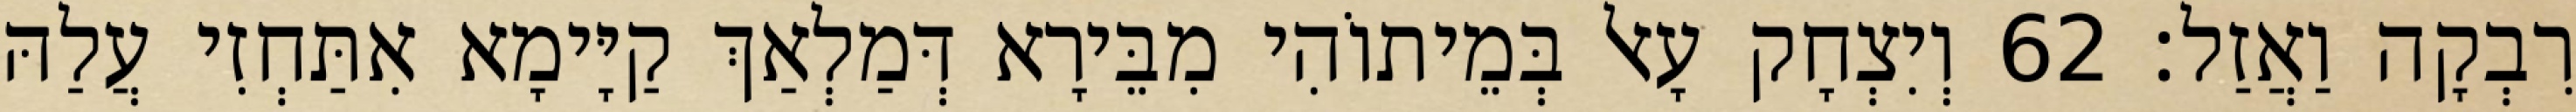
רִבְקָה וַאֲזַל׃ 62 וְיִצְחָק עָאל בְּמֵיתוֹהִי מִבֵּירָא דְּמַלְאַךְ קַיָּימָא אִתַּחְזִי עֲלַהּ